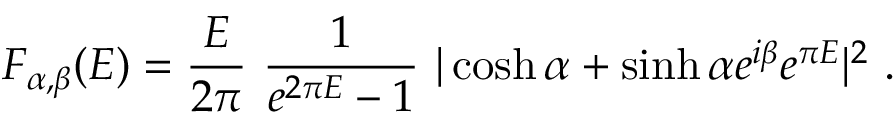
F _ { \alpha , \beta } ( E ) = { \frac { E } { 2 \pi } } ~ { \frac { 1 } { e ^ { 2 \pi E } - 1 } } ~ | \cosh \alpha + \sinh \alpha e ^ { i \beta } e ^ { \pi E } | ^ { 2 } ~ .